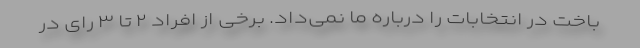
باخت در انتخابات را درباره ما نمی‌داد. برخی از افراد ۲ تا ۳ رای در